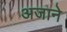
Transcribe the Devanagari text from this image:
अजाने